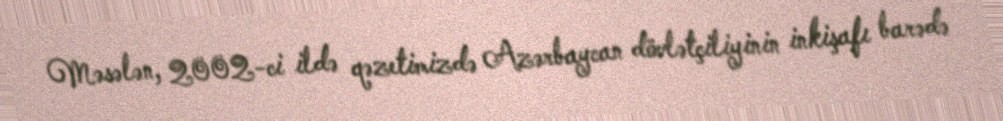
Məsələn, 2002-ci ildə qəzetimizdə Azərbaycan dövlətçiliyinin inkişafı barədə